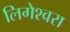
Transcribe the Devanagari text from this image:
लिगेश्वरा